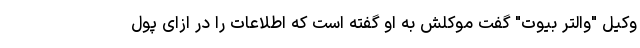
وکیل "والتر بیوت" گفت موکلش به او گفته است که اطلاعات را در ازای پول